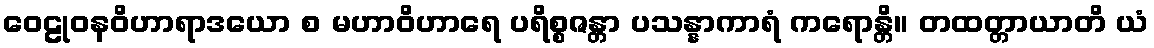
ဝေဠုဝနဝိဟာရာဒယော စ မဟာဝိဟာရေ ပရိစ္စဇန္တာ ပသန္နာကာရံ ကရောန္တိ။ တထတ္တာယာတိ ယံ